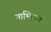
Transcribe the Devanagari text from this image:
नाभितल